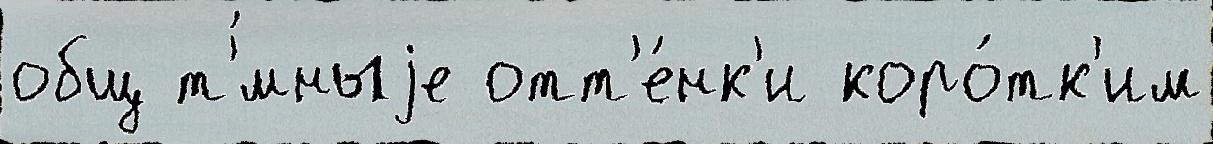
общ т'́мныjе отт'е́нк'и коро́тк'им